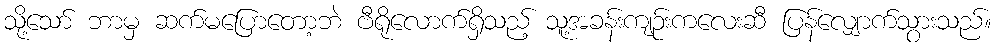
သို့သော် ဘာမှ ဆက်မပြောတော့ဘဲ ဗီရိုလောက်ရှိသည့် သူ့အခန်းကျဉ်းကလေးဆီ ပြန်လျှောက်သွားသည်။